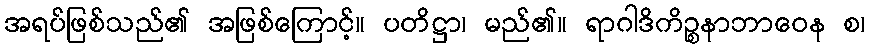
အရပ်ဖြစ်သည်၏ အဖြစ်ကြောင့်။ ပတိဋ္ဌာ၊ မည်၏။ ရာဂါဒိကိဉ္စနာဘာဝေန စ၊